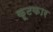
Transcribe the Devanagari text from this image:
कूटकार